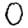
Digit: 0